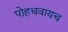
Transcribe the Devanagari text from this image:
पोहचवायच